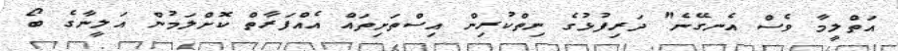
އަތްލީމާ ވެސް އެނގޭނެ" ދަރިފުޅުގެ ނިތްކުރިން އިސްތަށިތައް އެއްފަރާތް ކޮށްލަމުން އަލީނާގެ ބޯ